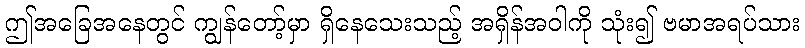
ဤအခြေအနေတွင် ကျွန်တော့်မှာ ရှိနေသေးသည့် အရှိန်အဝါကို သုံး၍ ဗမာအရပ်သား